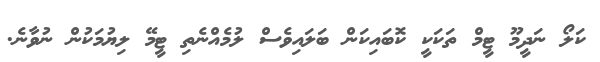
ކަލޯ ނަދީމޫ ޓީމް ތަކަކީ ކޮބައިކަން ބަލައިވެސް ލުމެއްނެތި ޓީމޭ ލިޔުމަކުން ނުވާނެ.